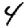
Digit: 4